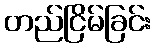
တည်ငြိမ်ခြင်း